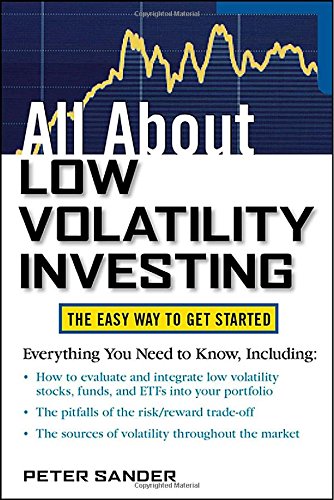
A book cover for All About Low Volatility Investing (All About Series); Peter Sander; Business & Money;